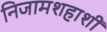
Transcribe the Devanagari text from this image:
निजामशहाशी